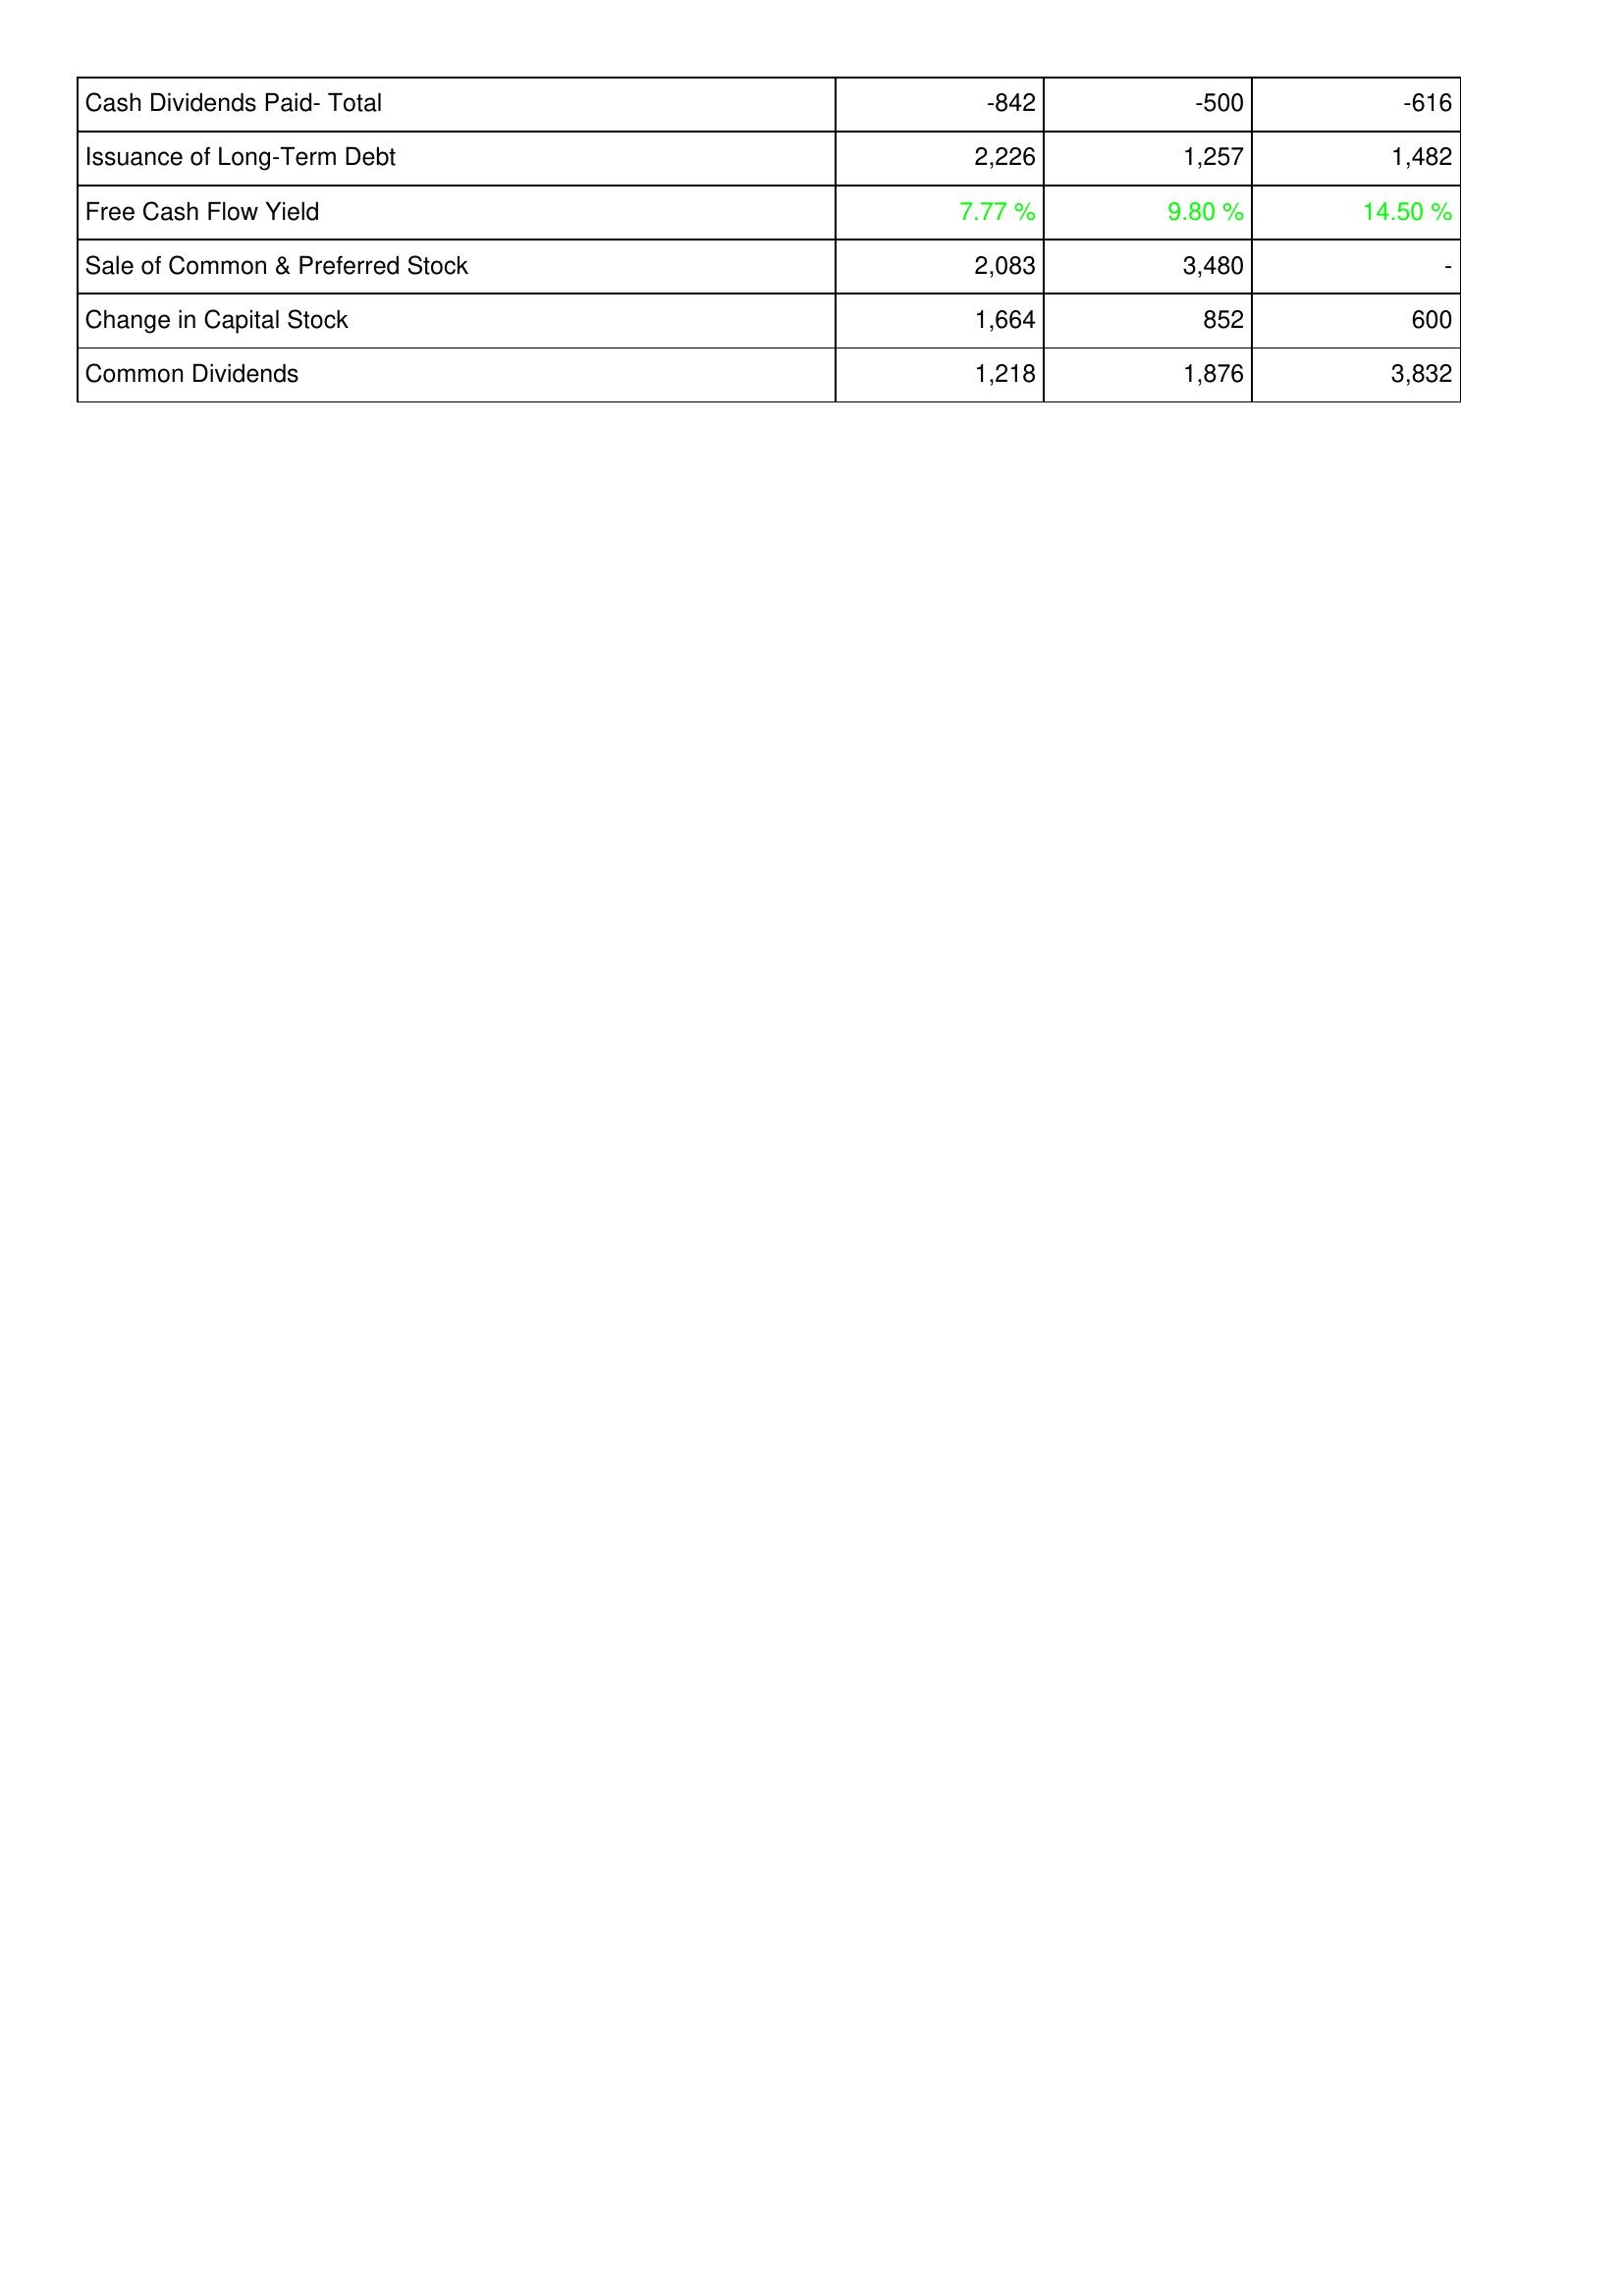
2017: Financing Activities: Cash Dividends Paid- Total: -842
Issuance of Long-Term Debt: 2,226
Free Cash Flow Yield: 7.77 %
Sale of Common & Preferred Stock: 2,083
Change in Capital Stock: 1,664
Common Dividends: 1,218
2016: Financing Activities: Cash Dividends Paid- Total: -500
Issuance of Long-Term Debt: 1,257
Free Cash Flow Yield: 9.80 %
Sale of Common & Preferred Stock: 3,480
Change in Capital Stock: 852
Common Dividends: 1,876
2015: Financing Activities: Cash Dividends Paid- Total: -616
Issuance of Long-Term Debt: 1,482
Free Cash Flow Yield: 14.50 %
Sale of Common & Preferred Stock: -
Change in Capital Stock: 600
Common Dividends: 3,832